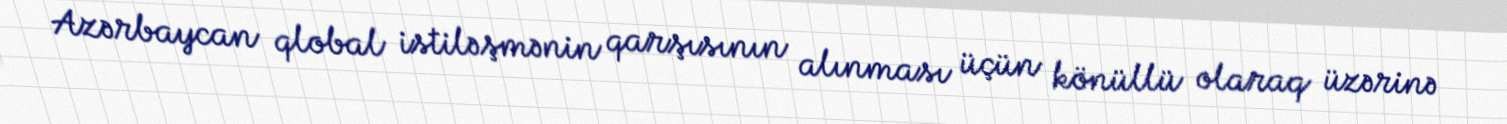
Azərbaycan qlobal istiləşmənin qarşısının alınması üçün könüllü olaraq üzərinə